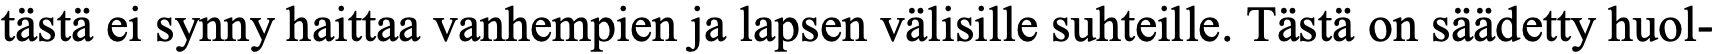
tästä ei synny haittaa vanhempien ja lapsen välisille suhteille. Tästä on säädetty huol-